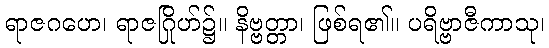
ရာဇဂဟေ၊ ရာဇဂြိုဟ်၌။ နိဗ္ဗတ္တာ၊ ဖြစ်ရ၏။ ပရိဗ္ဗာဇီကာသု၊